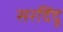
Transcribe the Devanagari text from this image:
सरदिंदू